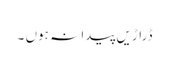
ڈراڑیں پیدا نہ ہوں ۔